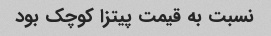
نسبت به قیمت پیتزا کوچک بود